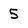
Character: 5